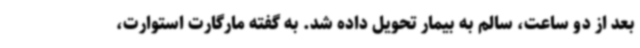
بعد از دو ساعت، سالم به بیمار تحویل داده شد. به گفته مارگارت استوارت،